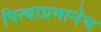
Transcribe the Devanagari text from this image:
पित्याप्रमानेच